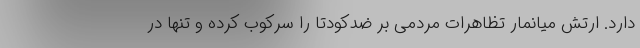
دارد. ارتش میانمار تظاهرات مردمی بر ضدکودتا را سرکوب کرده و تنها در